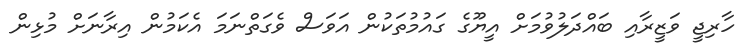
ހާރިޖީ ވަޒީރާއި ބައްދަލުވުމަށް އީޔޫގެ ގައުމުތަކުން އަވަސް ވެގަތްނަމަ އެކަމުން އިރާނަށް މުޅިން